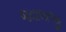
જવાલાજી